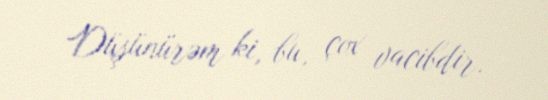
Düşünürəm ki, bu, çox vacibdir.